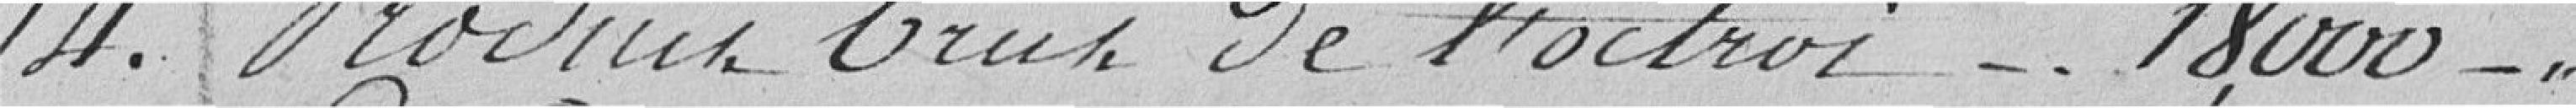
14. Produit brut de l'octroi 18.000